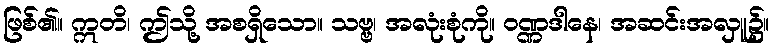
ဖြစ်၏။ ဣတိ၊ ဤသို့ အစရှိသော။ သဗ္ဗ၊ အလုံးစုံကို။ ဝဏ္ဏဒါနေ၊ အဆင်းအလှူ၌။